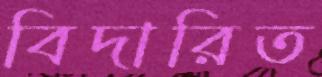
বিদারিত